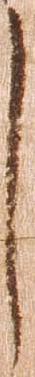
し